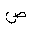
Letter: _dad